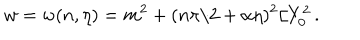
w = w ( n , \eta ) = m ^ { 2 } + ( n \pi / 2 + \alpha \eta ) ^ { 2 } / Y _ { 0 } ^ { 2 } \, .